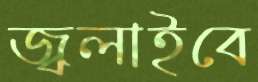
জ্বলাইবে